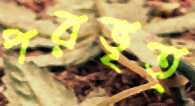
পরভৃত্